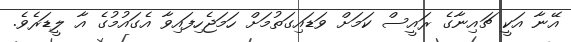
އޭނާ އަކީ ޗައިނާގެ ރައީސް ކަމަށް ވަޑައިގަތުމަށް ހަމަޖެހިފައިވާ އެގައުމުގެ އާ ލީޑަރެވެ.